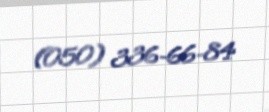
(050) 336-66-84